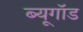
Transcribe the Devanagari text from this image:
ब्यूगॉड